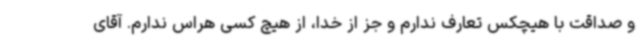
و صداقت با هیچکس تعارف ندارم و جز از خدا، از هیچ کسی هراس ندارم. آقای